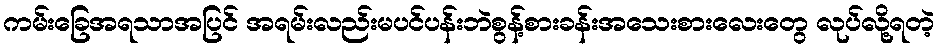
ကမ်းခြေအရသာအပြင် အရမ်းလည်းမပင်ပန်းဘဲစွန့်စားခန်းအသေးစားလေးတွေ လုပ်လို့ရတဲ့